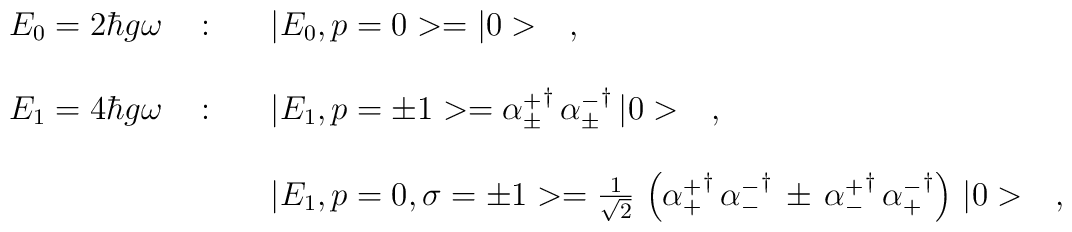
\begin{array}{r c l}E_0=2\hbar g\omega\ &:&\ \ \ |E_0,p=0>=|0>\ \ \ ,\\ \\E_1=4\hbar g\omega\ &:&\ \ \ |E_1,p=\pm 1>={\alpha^+_\pm}^\dagger\,{\alpha^-_\pm}^\dagger\,|0>\ \ \ ,\\ \\& &\ \ \ |E_1,p=0,\sigma=\pm 1>=\frac{1}{\sqrt{2}}\,\left({\alpha^+_+}^\dagger\,{\alpha^-_-}^\dagger\,\pm\,{\alpha^+_-}^\dagger\,{\alpha^-_+}^\dagger\right)\,|0>\ \ \ ,\end{array}